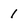
Character: 1